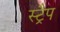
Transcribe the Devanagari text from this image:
स्ट्रैप